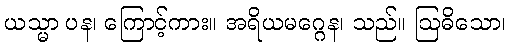
ယသ္မာ ပန၊ ကြောင့်ကား။ အရိယမဂ္ဂေန၊ သည်။ ဩဓိသော၊